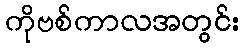
ကိုဗစ်ကာလအတွင်း